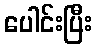
ပေါင်းပြီး